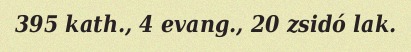
395 kath., 4 evang., 20 zsidó lak.